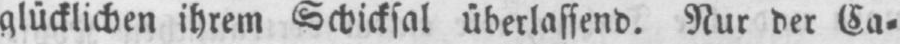
glücklichen ihrem Schicksal überlassend. Nur der Ca⸗